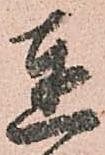
達